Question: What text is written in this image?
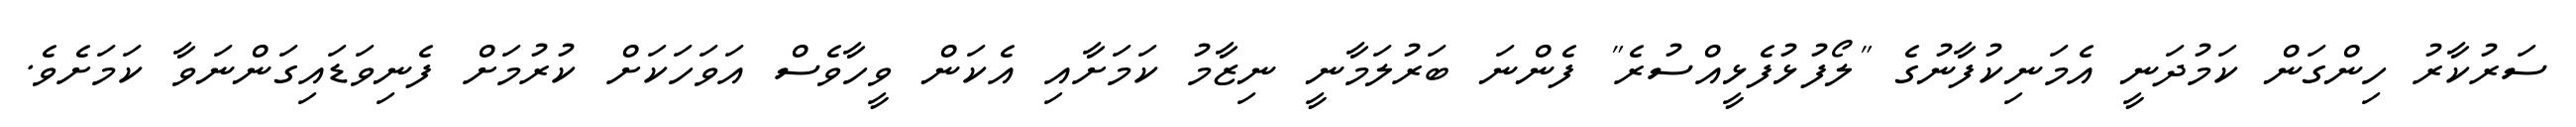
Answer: ސަރުކާރު ހިންގަން ކަމުދަނީ އެމަނިކުފާނުގެ "ލޯފުޅުފެޅީއްސުރެ" ފެންނަ ބަރުލަމާނީ ނިޒާމު ކަމަށާއި އެކަން ވީހާވެސް އަވަހަކަށް ކުރުމަށް ފެނިވަޑައިގަންނަވާ ކަމަށެވެ.